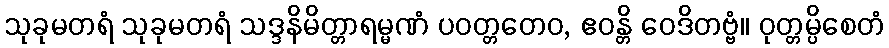
သုခုမတရံ သုခုမတရံ သဒ္ဒနိမိတ္တာရမ္မဏံ ပဝတ္တတေဝ, ဧဝန္တိ ဝေဒိတဗ္ဗံ။ ဝုတ္တမ္ပိစေတံ